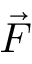
\vec { F }